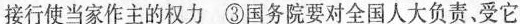
接行使当家作主的权力 ③国务院要对全国人大负责、受它